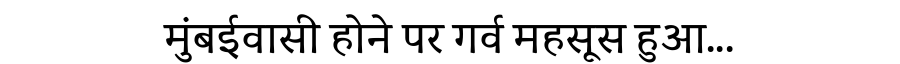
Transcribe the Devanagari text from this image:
मुंबईवासी होने पर गर्व महसूस हुआ...